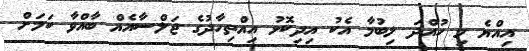
އިއްޔެ މި ހުއްދަ ލިބުމާ އެކު އިދިކޮޅު އިއްތިހާދުގެ ޖަލްސާއެއް ބާއްވާ ކަމަށް